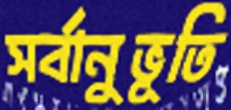
সর্বানুভূতি